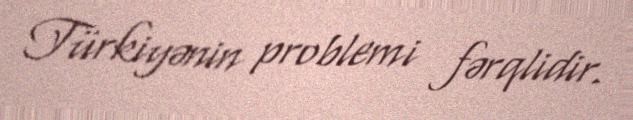
Türkiyənin problemi fərqlidir.